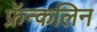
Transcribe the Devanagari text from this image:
फ्रॅन्कलिन